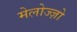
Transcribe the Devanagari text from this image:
मेलोज्ज़ो